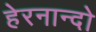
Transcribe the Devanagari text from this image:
हेरनान्दो